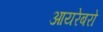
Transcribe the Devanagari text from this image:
आयरेबरो